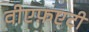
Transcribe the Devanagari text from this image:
वीएफ़एटी